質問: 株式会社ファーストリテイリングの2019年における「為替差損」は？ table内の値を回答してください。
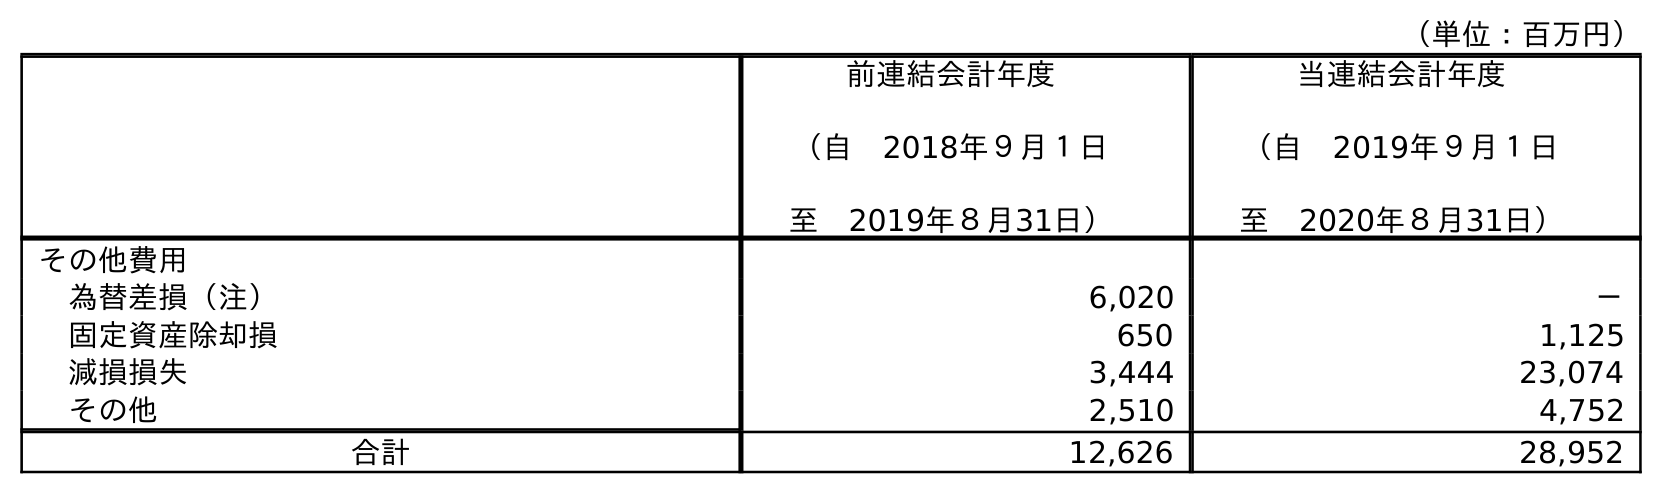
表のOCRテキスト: （単位：百万円） 前連結会計年度 （自 2018年９月１日 至 2019年８月31日） 当連結会計年度 （自 2019年９月１日 至 2020年８月31日） その他費用 為替差損（注） 6,020 － 固定資産除却損 650 1,125 減損損失 3,444 23,074 その他 2,510 4,752 合計 12,626 28,952
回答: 6,020